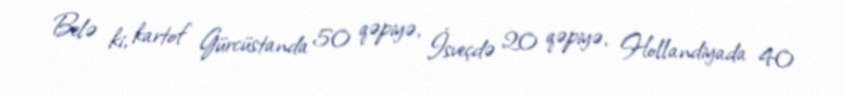
Belə ki, kartof Gürcüstanda 50 qəpiyə, İsveçdə 20 qəpiyə, Hollandiyada 40